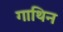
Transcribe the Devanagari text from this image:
गाथिन